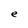
Character: e